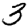
Digit: 3